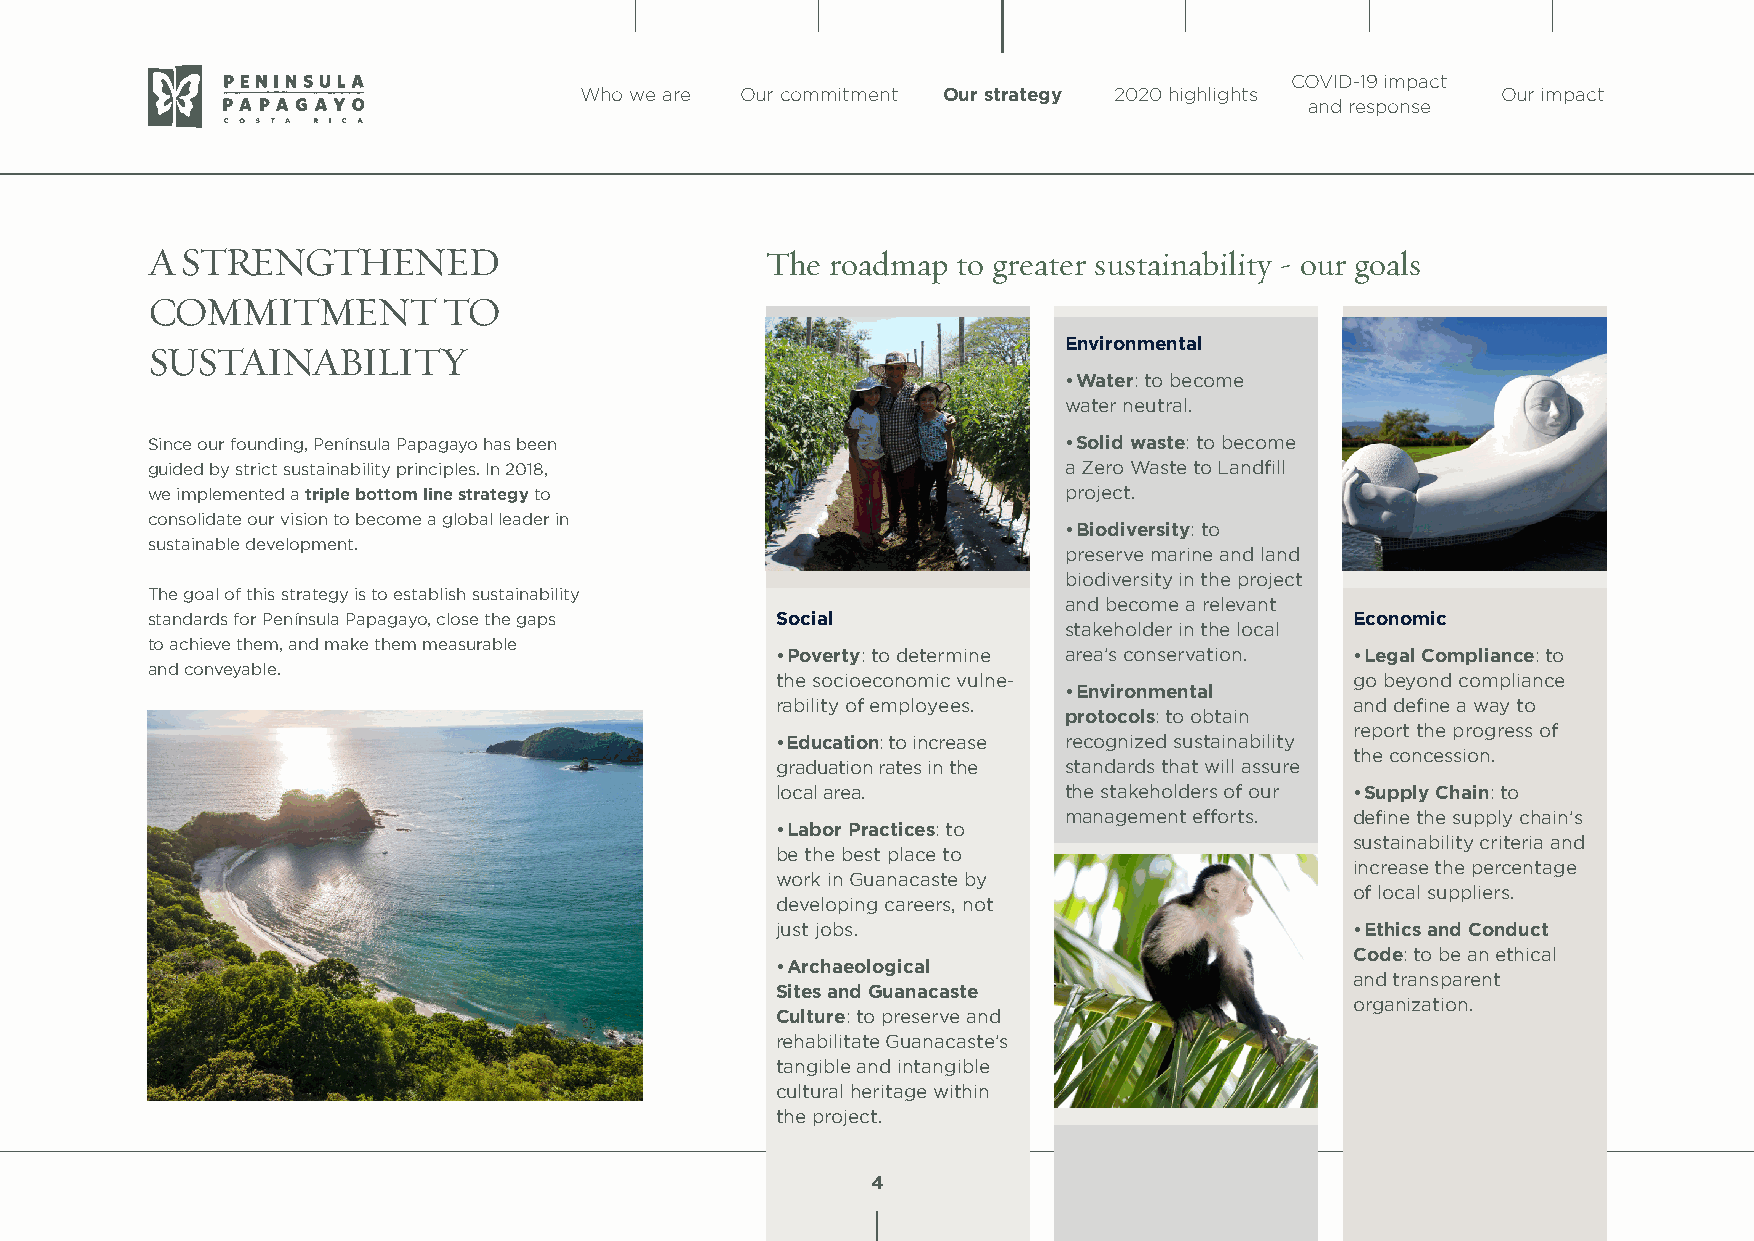
COVID-19 impact
 Who we are Our commitment Our strategy 2020 highlights       Our impact
 and response
 A STRENGTHENED                           The roadmap to greater sustainability - our goals
 COMMITMENT         TO
 Environmental
 SUSTAINABILITY
 • Water: to become
 water neutral.
 Since our founding, Península Papagayo has been             • Solid waste: to become
 guided by strict sustainability principles. In 2018,        a Zero Waste to Landfill
 we implemented a triple bottom line strategy to             project.
 consolidate our vision to become a global leader in
 • Biodiversity: to
 sustainable development.
 preserve marine and land
 biodiversity in the project
 The goal of this strategy is to establish sustainability
 and become a relevant
 standards for Península Papagayo, close the gaps Social                         Economic
 stakeholder in the local
 to achieve them, and make them measurable
 • Poverty: to determine area’s conservation. • Legal Compliance: to
 and conveyable.
 the socioeconomic vulne-               go beyond compliance
 • Environmental
 rability of employees.                 and define a way to
 protocols: to obtain
 report the progress of
 • Education: to increase recognized sustainability
 the concession.
 graduation rates in the standards that will assure
 local area.        the stakeholders of our • Supply Chain: to
 management efforts. define the supply chain’s
 • Labor Practices: to
 sustainability criteria and
 be the best place to
 increase the percentage
 work in Guanacaste by
 of local suppliers.
 developing careers, not
 just jobs.                             • Ethics and Conduct
 Code: to be an ethical
 • Archaeological
 and transparent
 Sites and Guanacaste
 organization.
 Culture: to preserve and
 rehabilitate Guanacaste’s
 tangible and intangible
 cultural heritage within
 the project.
 4